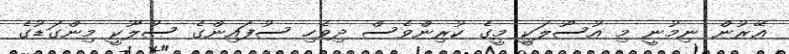
ޢޭރުން ނިމުނީ މި އުސޫލަކިީ މީގެ ކުރިންވެސް ދިވެހި ސުފައިންގެ ސުލޫކީ މިންގަޑުގެ